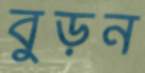
বুড়ন